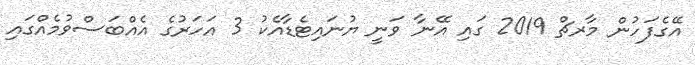
އޭގެފަހުން މާރޗް 2019 ގައި އޭނާ ވަނީ ޔުނައިޓެޑާއެކު 3 އަހަރުގެ އެއްބަސްވުމެއްގައި